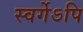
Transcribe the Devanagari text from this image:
स्वर्गेऽपि